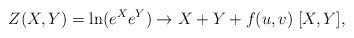
\begin{align*}Z(X,Y)=\ln( e^X e^Y ) \to X+Y+ f(u,v) \; [X,Y],\end{align*}